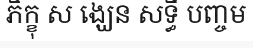
ភិក្ខុ ស ង្ឃេន សទ្ធឹ បញ្ចម